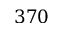
3 7 0